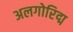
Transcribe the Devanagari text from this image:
अलगोरिद्म